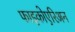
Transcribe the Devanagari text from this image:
फाइकोएरिअन